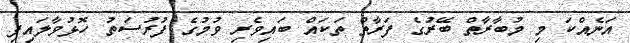
އަނެއްކަ މި މުބާރާތް ބޭރުގެ ފަރާތް ތަކައް ބައިވެރި ވުމުގެ ފުރުސަތު ހޮޅުވާލައިފި